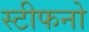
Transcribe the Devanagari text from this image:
स्टीफनो